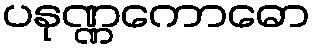
ပနုဏ္ဏကောဓော